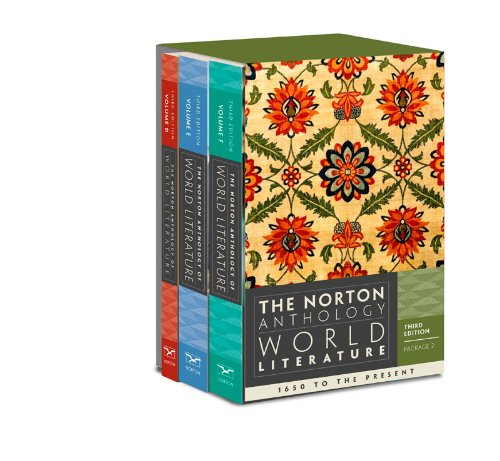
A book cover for The Norton Anthology of World Literature (Third Edition)  (Vol. Package 2: Vols. D, E, F); Literature & Fiction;